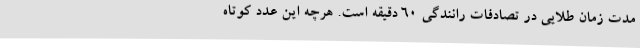
مدت زمان طلایی در تصادفات رانندگی ۶۰ دقیقه است. هرچه این عدد کوتاه